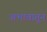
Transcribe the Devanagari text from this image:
अभावातून